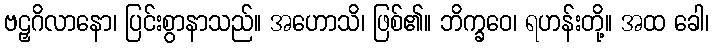
ဗဠှဂိလာနော၊ ပြင်းစွာနာသည်။ အဟောသိ၊ ဖြစ်၏။ ဘိက္ခဝေ၊ ရဟန်းတို့။ အထ ခေါ၊